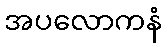
အပလောကနံ